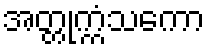
အတ္တုက္ကံသကော